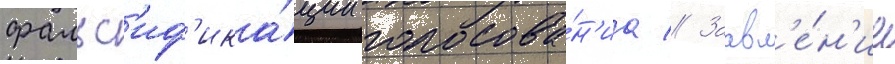
фальс'иф'ика́ции голосова́н'иа // Заавл'е́н'ие